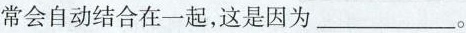
常会自动结合在一起，这是因为___。